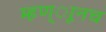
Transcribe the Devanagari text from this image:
म्हण्ाूनच